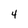
Character: 4